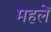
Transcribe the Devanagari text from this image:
महलें